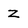
Character: z